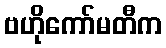
ဗဟိုကော်မတီက